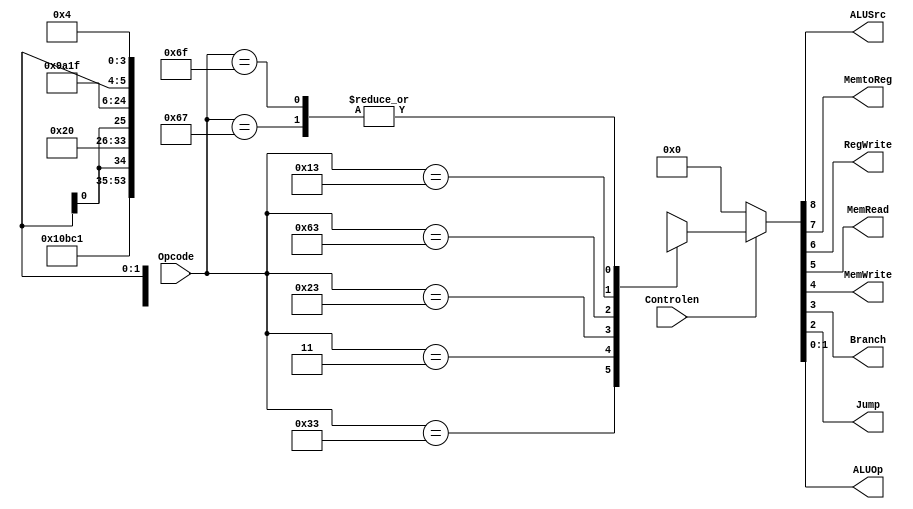
module Control (
	input  [6:0] Opcode   ,
	input        Controlen,
	output       ALUSrc   , // RD2 or ImmGen
	output       MemtoReg , // ALU or MemData
	output       RegWrite ,
	output       MemRead  ,
	output       MemWrite ,
	output       Branch   ,
	output       Jump     ,
	output [1:0] ALUOp
);
	reg [8:0] control;
	assign {ALUSrc, MemtoReg, RegWrite, MemRead, MemWrite, Branch, Jump, ALUOp} = (Controlen) ?  control : 9'b000000000;
	always @(*) begin
		case (Opcode)
			7'b0110011 : control <= 9'b001000010; // R-type
			7'b0000011 : control <= 9'b111100000; // lw-type
			7'b0100011 : control <= 9'b1x0010000; // S-type
			7'b1100011 : control <= 9'b0x0001001; // sb-type
			7'b0010011 : control <= 9'b101000011; // I-type
			7'b1100111 : control <= 9'b111xx0100; // jalr-type
			7'b1101111 : control <= 9'b111xx0100; // jal-type
			7'b0110111 : control <= 9'bxxxxxxxxx; // lui
			7'b0110111 : control <= 9'bxxxxxxxxx; // auipc
			default    : control <= 9'bxxxxxxxxx;
		endcase
	end
endmodule